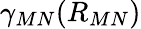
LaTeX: \gamma_{MN}(R_{MN})